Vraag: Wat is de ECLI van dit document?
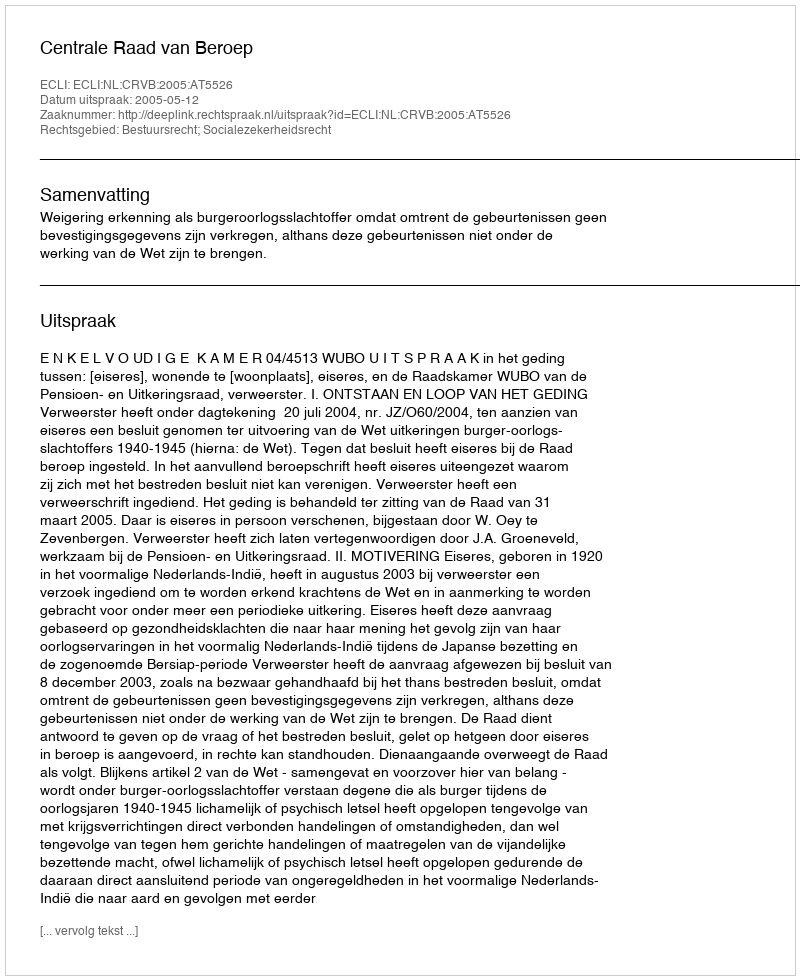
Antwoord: ECLI:NL:CRVB:2005:AT5526